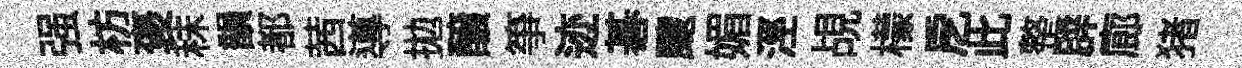
强枋褒秣韻都茜導拋醸箏迹碁颼媚涇覘檬戹此整辟廊猪